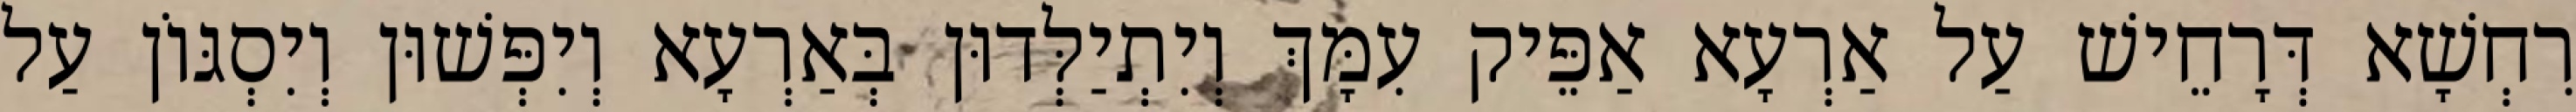
רִחְשָׁא דְּרָחֵישׁ עַל אַרְעָא אַפֵּיק עִמָּךְ וְיִתְיַלְּדוּן בְּאַרְעָא וְיִפְּשׁוּן וְיִסְגּוֹן עַל